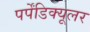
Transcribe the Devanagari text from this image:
पर्पेंडिक्यूलर